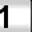
Digit: 1